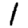
Digit: 1